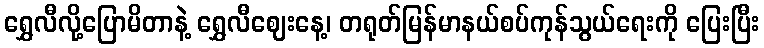
ရွှေလီလို့ပြောမိတာနဲ့ ရွှေလီဈေးနေ့၊ တရုတ်မြန်မာနယ်စပ်ကုန်သွယ်ရေးကို ပြေးပြီး